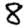
Digit: 8